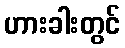
ဟားခါးတွင်